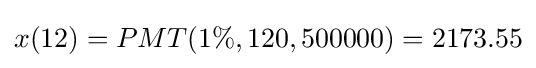
x(12)=PMT(1\%,120,500000)=2173.55